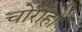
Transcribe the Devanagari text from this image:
चोराहो